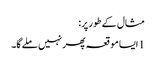
مثال کے طور پر:
1 ایسا موقعہ پھر نہیں ملے گا۔